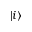
\vert i \rangle